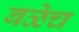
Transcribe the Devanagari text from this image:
बळेच